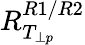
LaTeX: R_{T_{\perp p}}^{R1/R2}